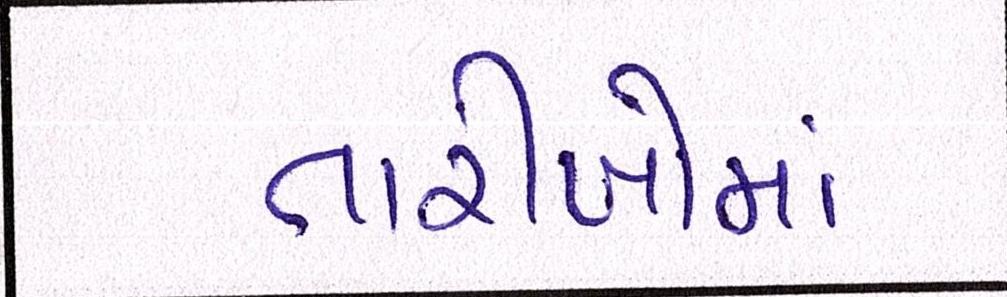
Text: તારીખોમાં